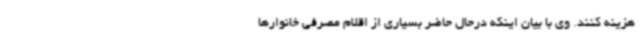
هزینه کنند. وی با بیان اینکه درحال حاضر بسیاری از اقلام مصرفی خانوارها